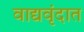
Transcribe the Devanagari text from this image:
वाद्यवृंदात